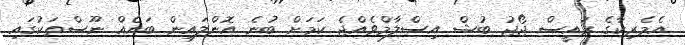
އެމެރިކާގެ ރައީސް ޖޯޖު ބުޝް އިސްލާމްވެއްޖެ ކަމަށް ބުނެ އޮންލައިން ބައެއް ނޫސްތަކުގައި